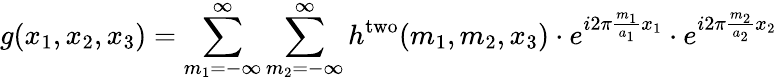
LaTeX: g(x_{1},x_{2},x_{3})=\sum_{m_{1}=-\infty}^{\infty}\sum_{m_{2}=-\infty}^{\infty}h^{\mathrm{two}}(m_{1},m_{2},x_{3})\cdot e^{i2\pi{\frac{m_{1}}{a_{1}}}x_{1}}\cdot e^{i2\pi{\frac{m_{2}}{a_{2}}}x_{2}}